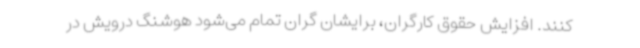
کنند. افزایش حقوق کارگران، برایشان گران تمام می‌شود هوشنگ درویش در